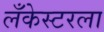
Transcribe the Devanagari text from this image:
लँकेस्टरला